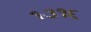
૧૩૧૬